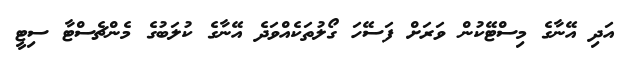
އަދި އޭނާގެ މިސްޓޭކުން ވަރަށް ފަސޭހަ ގޯލުތަކެއްވަދެ އޭނާގެ ކުލަބުގެ މެންޗެސްޓާ ސިޓީ